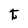
Character: t